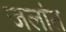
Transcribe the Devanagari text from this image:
जलांत